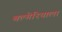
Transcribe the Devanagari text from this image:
बल्गेरियाला